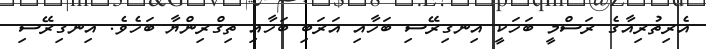
އެރިތުރިއާގެ ރަސްމީ ބަހަކީ އިނގިރޭސި ބަހާއި އަރަބި ބަހާއި ތިގްރިންޔާ ބަހެވެ. އިނގިރޭސި